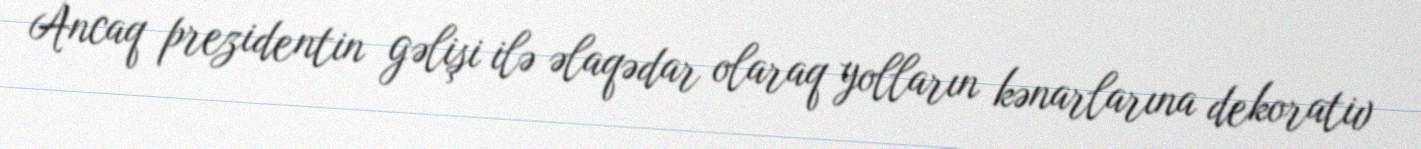
Ancaq prezidentin gəlişi ilə əlaqədar olaraq yolların kənarlarına dekorativ